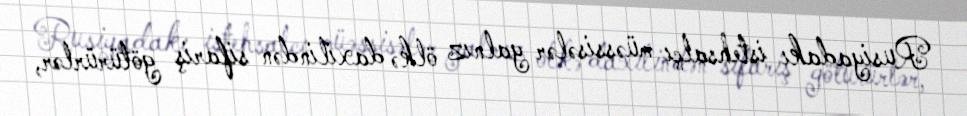
Rusiyadakı istehsalçı müəssisələr yalnız ölkə daxilindən sifariş götürürlər,